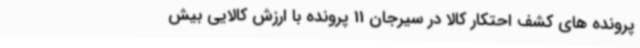
پرونده های کشف احتکار کالا در سیرجان 11 پرونده با ارزش کالایی بیش